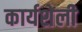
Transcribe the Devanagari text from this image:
कार्यशेली